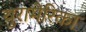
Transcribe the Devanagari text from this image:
युरामेरिका